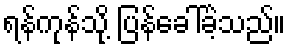
ရန်ကုန်သို့ ပြန်ခေါ်ခဲ့သည်။